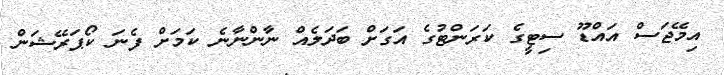
އިމޭޖަސް އައްޑޫ ސިޓީގެ ކަރަންޓުގެ އަގަށް ބަދަލެއް ނާންނާނެ ކަމަށް ފެނަ ކޯޕަރޭޝަން